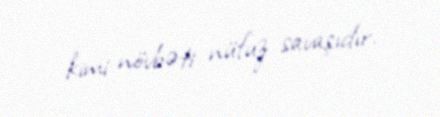
kimi növbəti nüfuz savaşıdır.